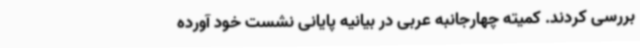
بررسی کردند. کمیته چهارجانبه عربی در بیانیه پایانی نشست خود آورده